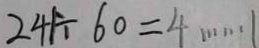
2 4 1 \div 6 0 = 4 \cdots 1